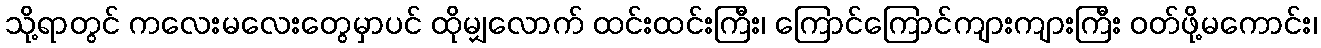
သို့ရာတွင် ကလေးမလေးတွေမှာပင် ထိုမျှလောက် ထင်းထင်းကြီး၊ ကြောင်ကြောင်ကျားကျားကြီး ဝတ်ဖို့မကောင်း၊